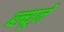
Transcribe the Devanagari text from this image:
ब्ल्यूने